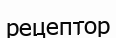
рецептор